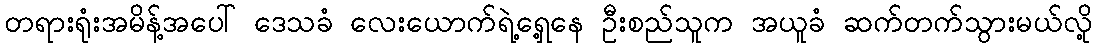
တရားရုံးအမိန့်အပေါ် ဒေသခံ လေးယောက်ရဲ့ရှေ့နေ ဦးစည်သူက အယူခံ ဆက်တက်သွားမယ်လို့